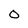
Character: O